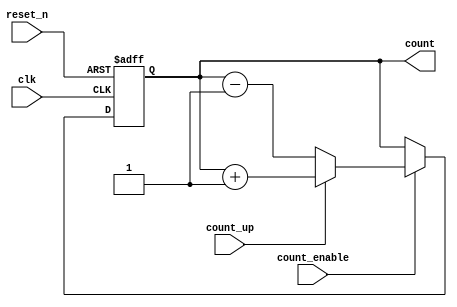
module ripple_counter (
    input wire clk,              // Clock input
    input wire reset_n,          // Asynchronous reset (active low)
    input wire count_enable,      // Count enable signal
    input wire count_up,         // Count up control signal
    output reg [N-1:0] count     // Counter output
);
    parameter N = 4; // Number of bits for the counter

    always @(posedge clk or negedge reset_n) begin
        if (!reset_n) begin
            count <= 0; // Reset counter to 0
        end else if (count_enable) begin
            if (count_up) begin
                count <= count + 1; // Count up
            end else begin
                count <= count - 1; // Count down
            end
        end
    end

endmodule